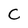
Character: C